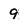
Character: 9